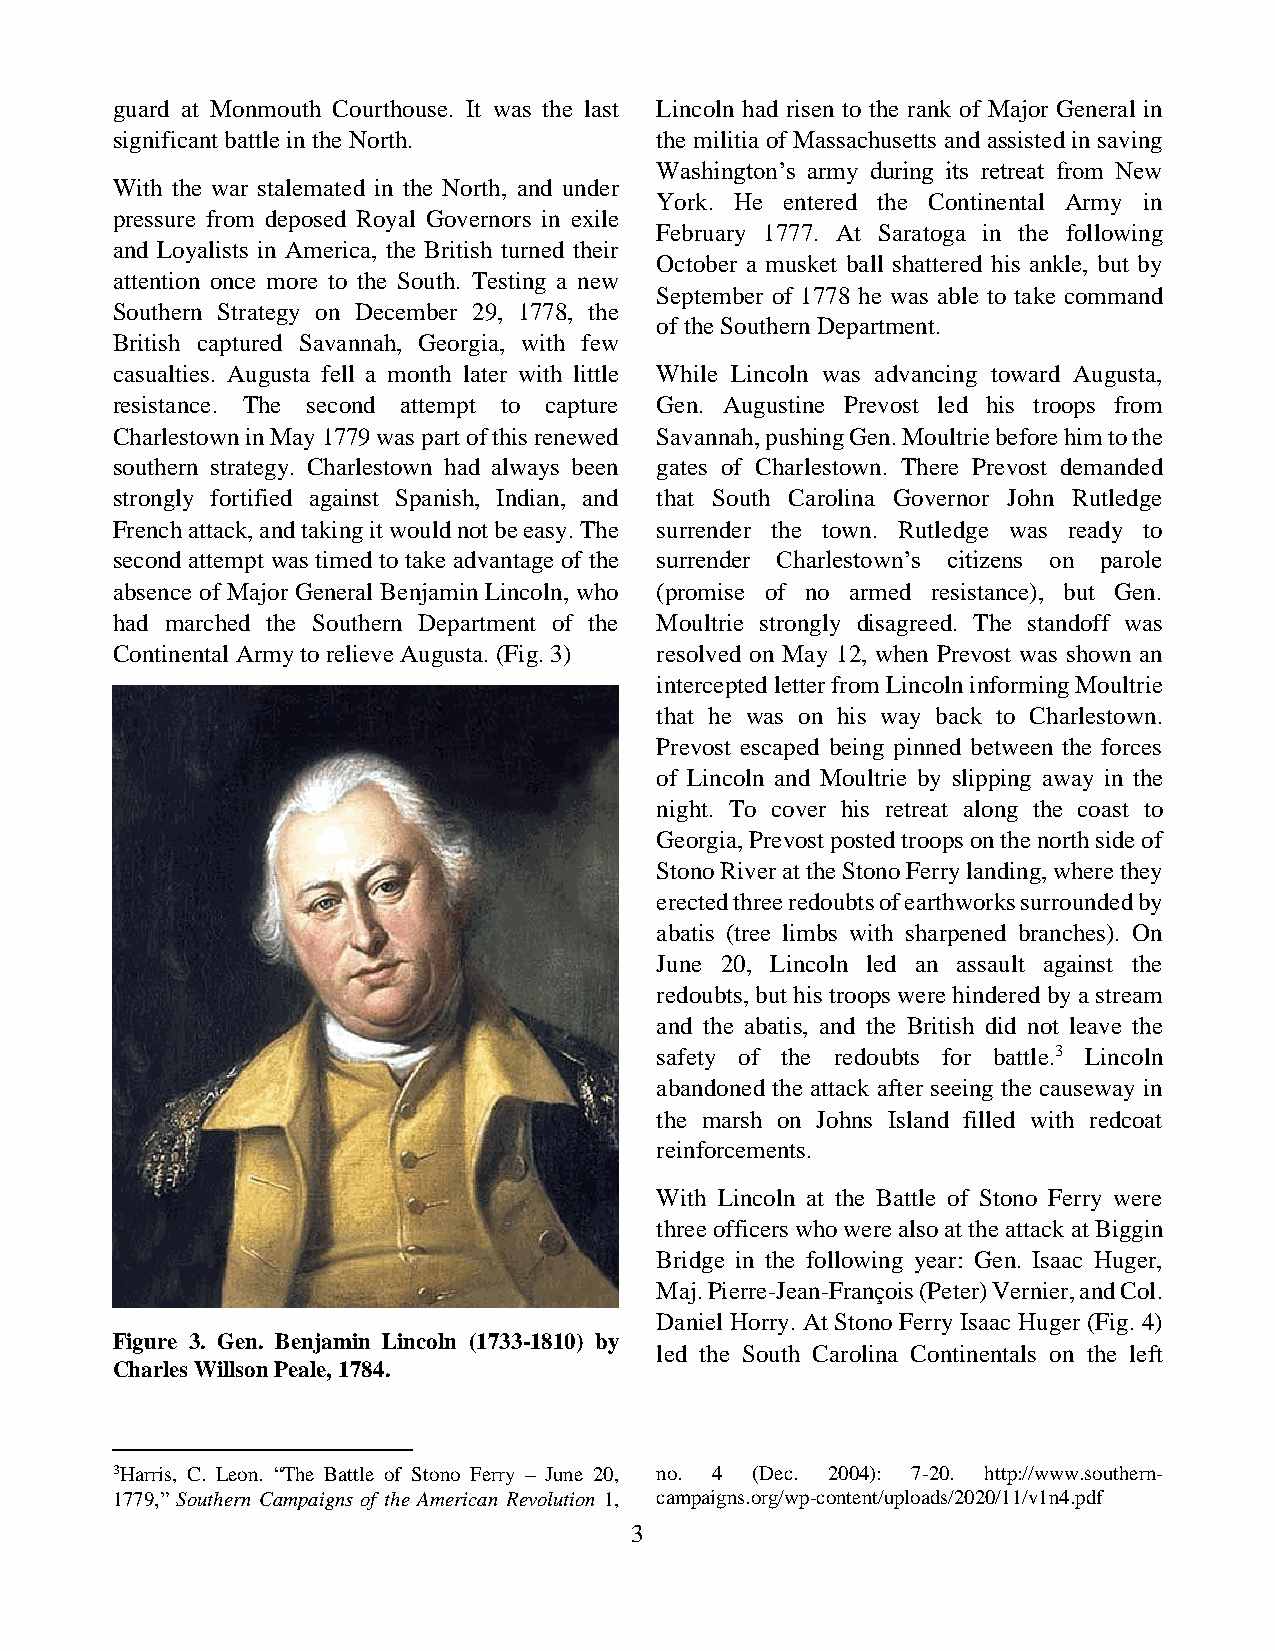
guard at Monmouth Courthouse. It was the last Lincoln had risen to the rank of Major General in
 significant battle in the North.    the militia of Massachusetts and assisted in saving
 Washington’s army during its retreat from New
 With the war stalemated in the North, and under
 York. He entered the Continental Army in
 pressure from deposed Royal Governors in exile
 February 1777. At Saratoga in the following
 and Loyalists in America, the British turned their
 October a musket ball shattered his ankle, but by
 attention once more to the South. Testing a new
 September of 1778 he was able to take command
 Southern Strategy on December 29, 1778, the
 of the Southern Department.
 British captured Savannah, Georgia, with few
 casualties. Augusta fell a month later with little While Lincoln was advancing toward Augusta,
 resistance. The second attempt to capture Gen. Augustine Prevost led his troops from
 Charlestown in May 1779 was part of this renewed Savannah, pushing Gen. Moultrie before him to the
 southern strategy. Charlestown had always been gates of Charlestown. There Prevost demanded
 strongly fortified against Spanish, Indian, and that South Carolina Governor John Rutledge
 French attack, and taking it would not be easy. The surrender the town. Rutledge was ready to
 second attempt was timed to take advantage of the surrender Charlestown’s citizens on parole
 absence of Major General Benjamin Lincoln, who (promise of no armed resistance), but Gen.
 had marched the Southern Department of the Moultrie strongly disagreed. The standoff was
 Continental Army to relieve Augusta. (Fig. 3) resolved on May 12, when Prevost was shown an
 intercepted letter from Lincoln informing Moultrie
 that he was on his way back to Charlestown.
 Prevost escaped being pinned between the forces
 of Lincoln and Moultrie by slipping away in the
 night. To cover his retreat along the coast to
 Georgia, Prevost posted troops on the north side of
 Stono River at the Stono Ferry landing, where they
 erected three redoubts of earthworks surrounded by
 abatis (tree limbs with sharpened branches). On
 June 20, Lincoln led an assault against the
 redoubts, but his troops were hindered by a stream
 and the abatis, and the British did not leave the
 safety of the redoubts for battle.3 Lincoln
 abandoned the attack after seeing the causeway in
 the marsh on Johns Island filled with redcoat
 reinforcements.
 With Lincoln at the Battle of Stono Ferry were
 three officers who were also at the attack at Biggin
 Bridge in the following year: Gen. Isaac Huger,
 Maj. Pierre-Jean-François (Peter) Vernier, and Col.
 Daniel Horry. At Stono Ferry Isaac Huger (Fig. 4)
 Figure 3. Gen. Benjamin Lincoln (1733-1810) by
 led the South Carolina Continentals on the left
 Charles Willson Peale, 1784.
 3Harris, C. Leon. “The Battle of Stono Ferry – June 20, no. 4 (Dec. 2004): 7-20. http://www.southern-
 1779,” Southern Campaigns of the American Revolution 1, campaigns.org/wp-content/uploads/2020/11/v1n4.pdf
 3